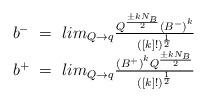
LaTeX: \begin{align*} \begin{array}{c} b^-~=~lim_{Q\to q}{{Q^{\pm k N_B \over 2}{(B^-)}^k}\over{([k]!)^{1\over 2}}}\\ b^+~=~lim_{Q\to q}{{{(B^+)}^kQ^{{\pm kN_B\over 2}}\over{([k]!)^{1\over 2}}}} \end{array}\end{align*}